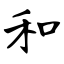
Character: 和